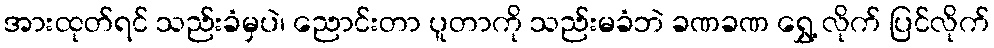
အားထုတ်ရင် သည်းခံမှပဲ၊ ညောင်းတာ ပူတာကို သည်းမခံဘဲ ခဏခဏ ရွှေ့ လိုက် ပြင်လိုက်